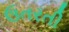
ઉતરતી